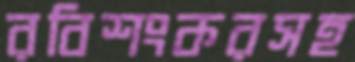
রবিশংকরসহ